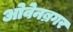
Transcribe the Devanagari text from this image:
ओवेनब्रगर